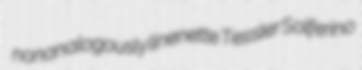
nonanalogously linenette Tessler Solferino